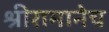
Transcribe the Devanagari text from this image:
श्रीरामानेच